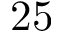
2 5